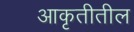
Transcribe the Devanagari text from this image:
आकृतीतील